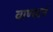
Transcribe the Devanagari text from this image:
वाण्यानं